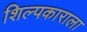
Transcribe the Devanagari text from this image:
शिल्पकाराला